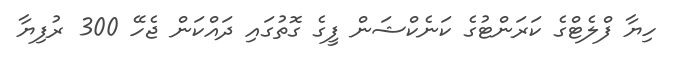
ހިޔާ ފްލެޓްގެ ކަރަންޓުގެ ކަނެކްޝަން ފީގެ ގޮތުގައި ދައްކަން ޖެހޭ 300 ރުފިޔާ